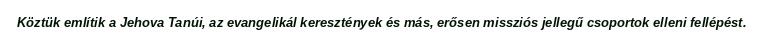
Köztük említik a Jehova Tanúi, az evangelikál keresztények és más, erősen missziós jellegű csoportok elleni fellépést.